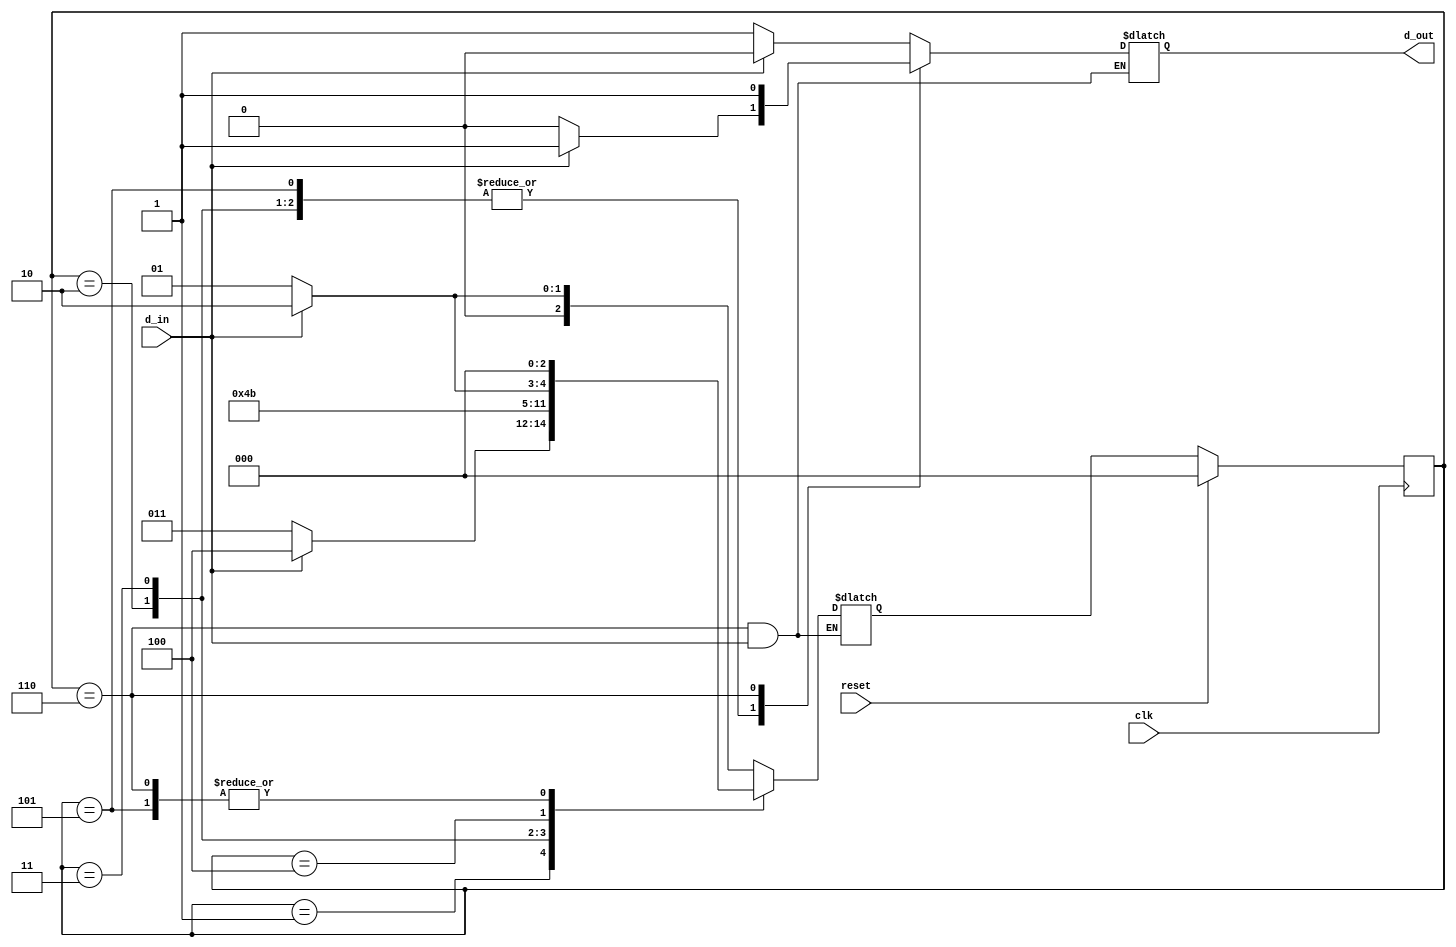
module BCD_to_E3_mealy(d_out,d_in,reset,clk);
	input d_in,reset,clk;
	output d_out; 
	
	reg d_out;
	reg [2:0]state,next_state;
	
	parameter 	s_0=3'b000,	
					s_1=3'b001,
					s_2=3'b010,
					s_3=3'b011,
					s_4=3'b100,
					s_5=3'b101,
					s_6=3'b110; 

	always@(posedge clk)
		if(reset)
			state<=s_0;
		else
			state<=next_state;
	always@(state,d_in)
		case(state)
			s_0: 
				if(d_in==0)
					begin
						d_out<=1;
						next_state<=s_1;
					end
				else if(d_in==1)
					begin
						d_out<=0;
						next_state<=s_2;
					end 
			s_1: 
				if(d_in==0)
					begin
						d_out<=1;
						next_state<=s_3;
					end
				else if(d_in==1)
					begin
						d_out<=0;
						next_state<=s_4;
					end 
			s_2: 
				if(d_in==0)
					begin
						d_out<=0;
						next_state<=s_4;
					end
				else if(d_in==1)
					begin
						d_out<=1;
						next_state<=s_4;
					end 
			s_3: 
				if(d_in==0)
					begin
						d_out<=0;
						next_state<=s_5;
					end
				else if(d_in==1)
					begin
						d_out<=1;
						next_state<=s_5;
					end
			s_4: 
				if(d_in==0)
					begin
						d_out<=1;
						next_state<=s_5;
					end
				else if(d_in==1)
					begin
						d_out<=0;
						next_state<=s_6;
					end
			s_5: 
				if(d_in==0)
					begin
						d_out<=0;
						next_state<=s_0;
					end
				else if(d_in==1)
					begin
						d_out<=1;
						next_state<=s_0;
					end
			s_6:
				if(d_in==0)
					begin
						d_out<=1;
						next_state<=s_0;
					end
			default:
				begin
					next_state<=3'bxxx;
					d_out<=1'bx;
				end 
		endcase
endmodule